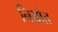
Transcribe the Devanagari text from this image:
निभ्रांत